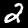
Digit: 2